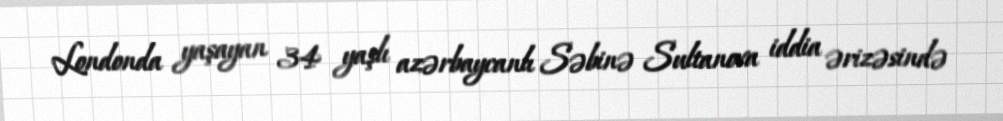
Londonda yaşayan 34 yaşlı azərbaycanlı Səbinə Sultanova iddia ərizəsində